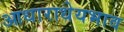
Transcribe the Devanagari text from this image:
आधाराधेयभाव